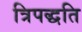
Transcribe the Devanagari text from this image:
त्रिपद्धति